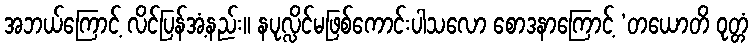
အဘယ်ကြောင့် လိင်ပြန်အံ့နည်း။ နပုလ္လိင်မဖြစ်ကောင်းပါသလော စောဒနာကြောင့် ‘တယောတိ ဝုတ္တံ